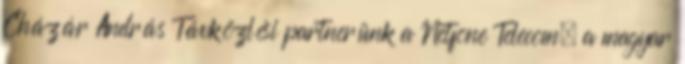
Cházár András Távközlési partnerünk a Netfone Telecom, a magyar